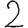
Digit: 2